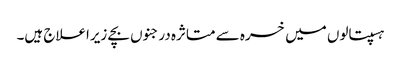
ہسپتالوں میں خسرہ سے متاثرہ درجنوں بچے زیراعلاج ہیں۔